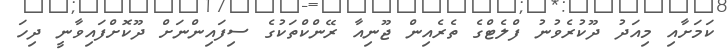
ކަމަށާއި މިއަދު ދޫކުރެވުނު ފްލެޓްގެ ތެރެއިން ޖޫނިއާ ރޭންކްތަކުގެ ސިފައިންނަށް ދޫކޮށްފައިވާނީ ދިހަ